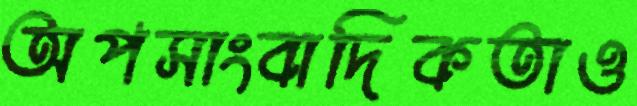
অপসাংবাদিকতাও